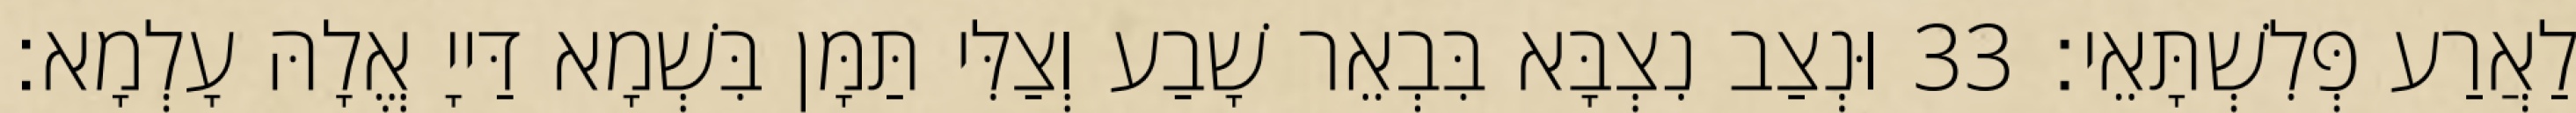
לַאֲרַע פְּלִשְׁתָּאֵי׃ 33 וּנְצַב נִצְבָּא בִּבְאֵר שָׁבַע וְצַלִּי תַּמָּן בִּשְׁמָא דַּייָ אֱלָהּ עָלְמָא׃